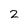
Character: 2